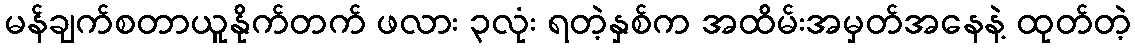
မန်ချက်စတာယူနိုက်တက် ဖလား ၃လုံး ရတဲ့နှစ်က အထိမ်းအမှတ်အနေနဲ့ ထုတ်တဲ့